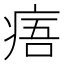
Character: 痦